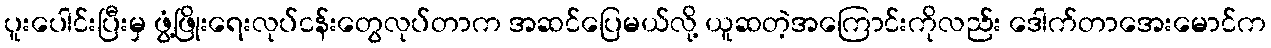
ပူးပေါင်းပြီးမှ ဖွံ့ဖြိုးရေးလုပ်ငန်းတွေလုပ်တာက အဆင်ပြေမယ်လို့ ယူဆတဲ့အကြောင်းကိုလည်း ဒေါက်တာအေးမောင်က